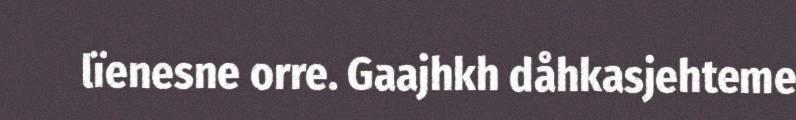
lïenesne orre. Gaajhkh dåhkasjehteme